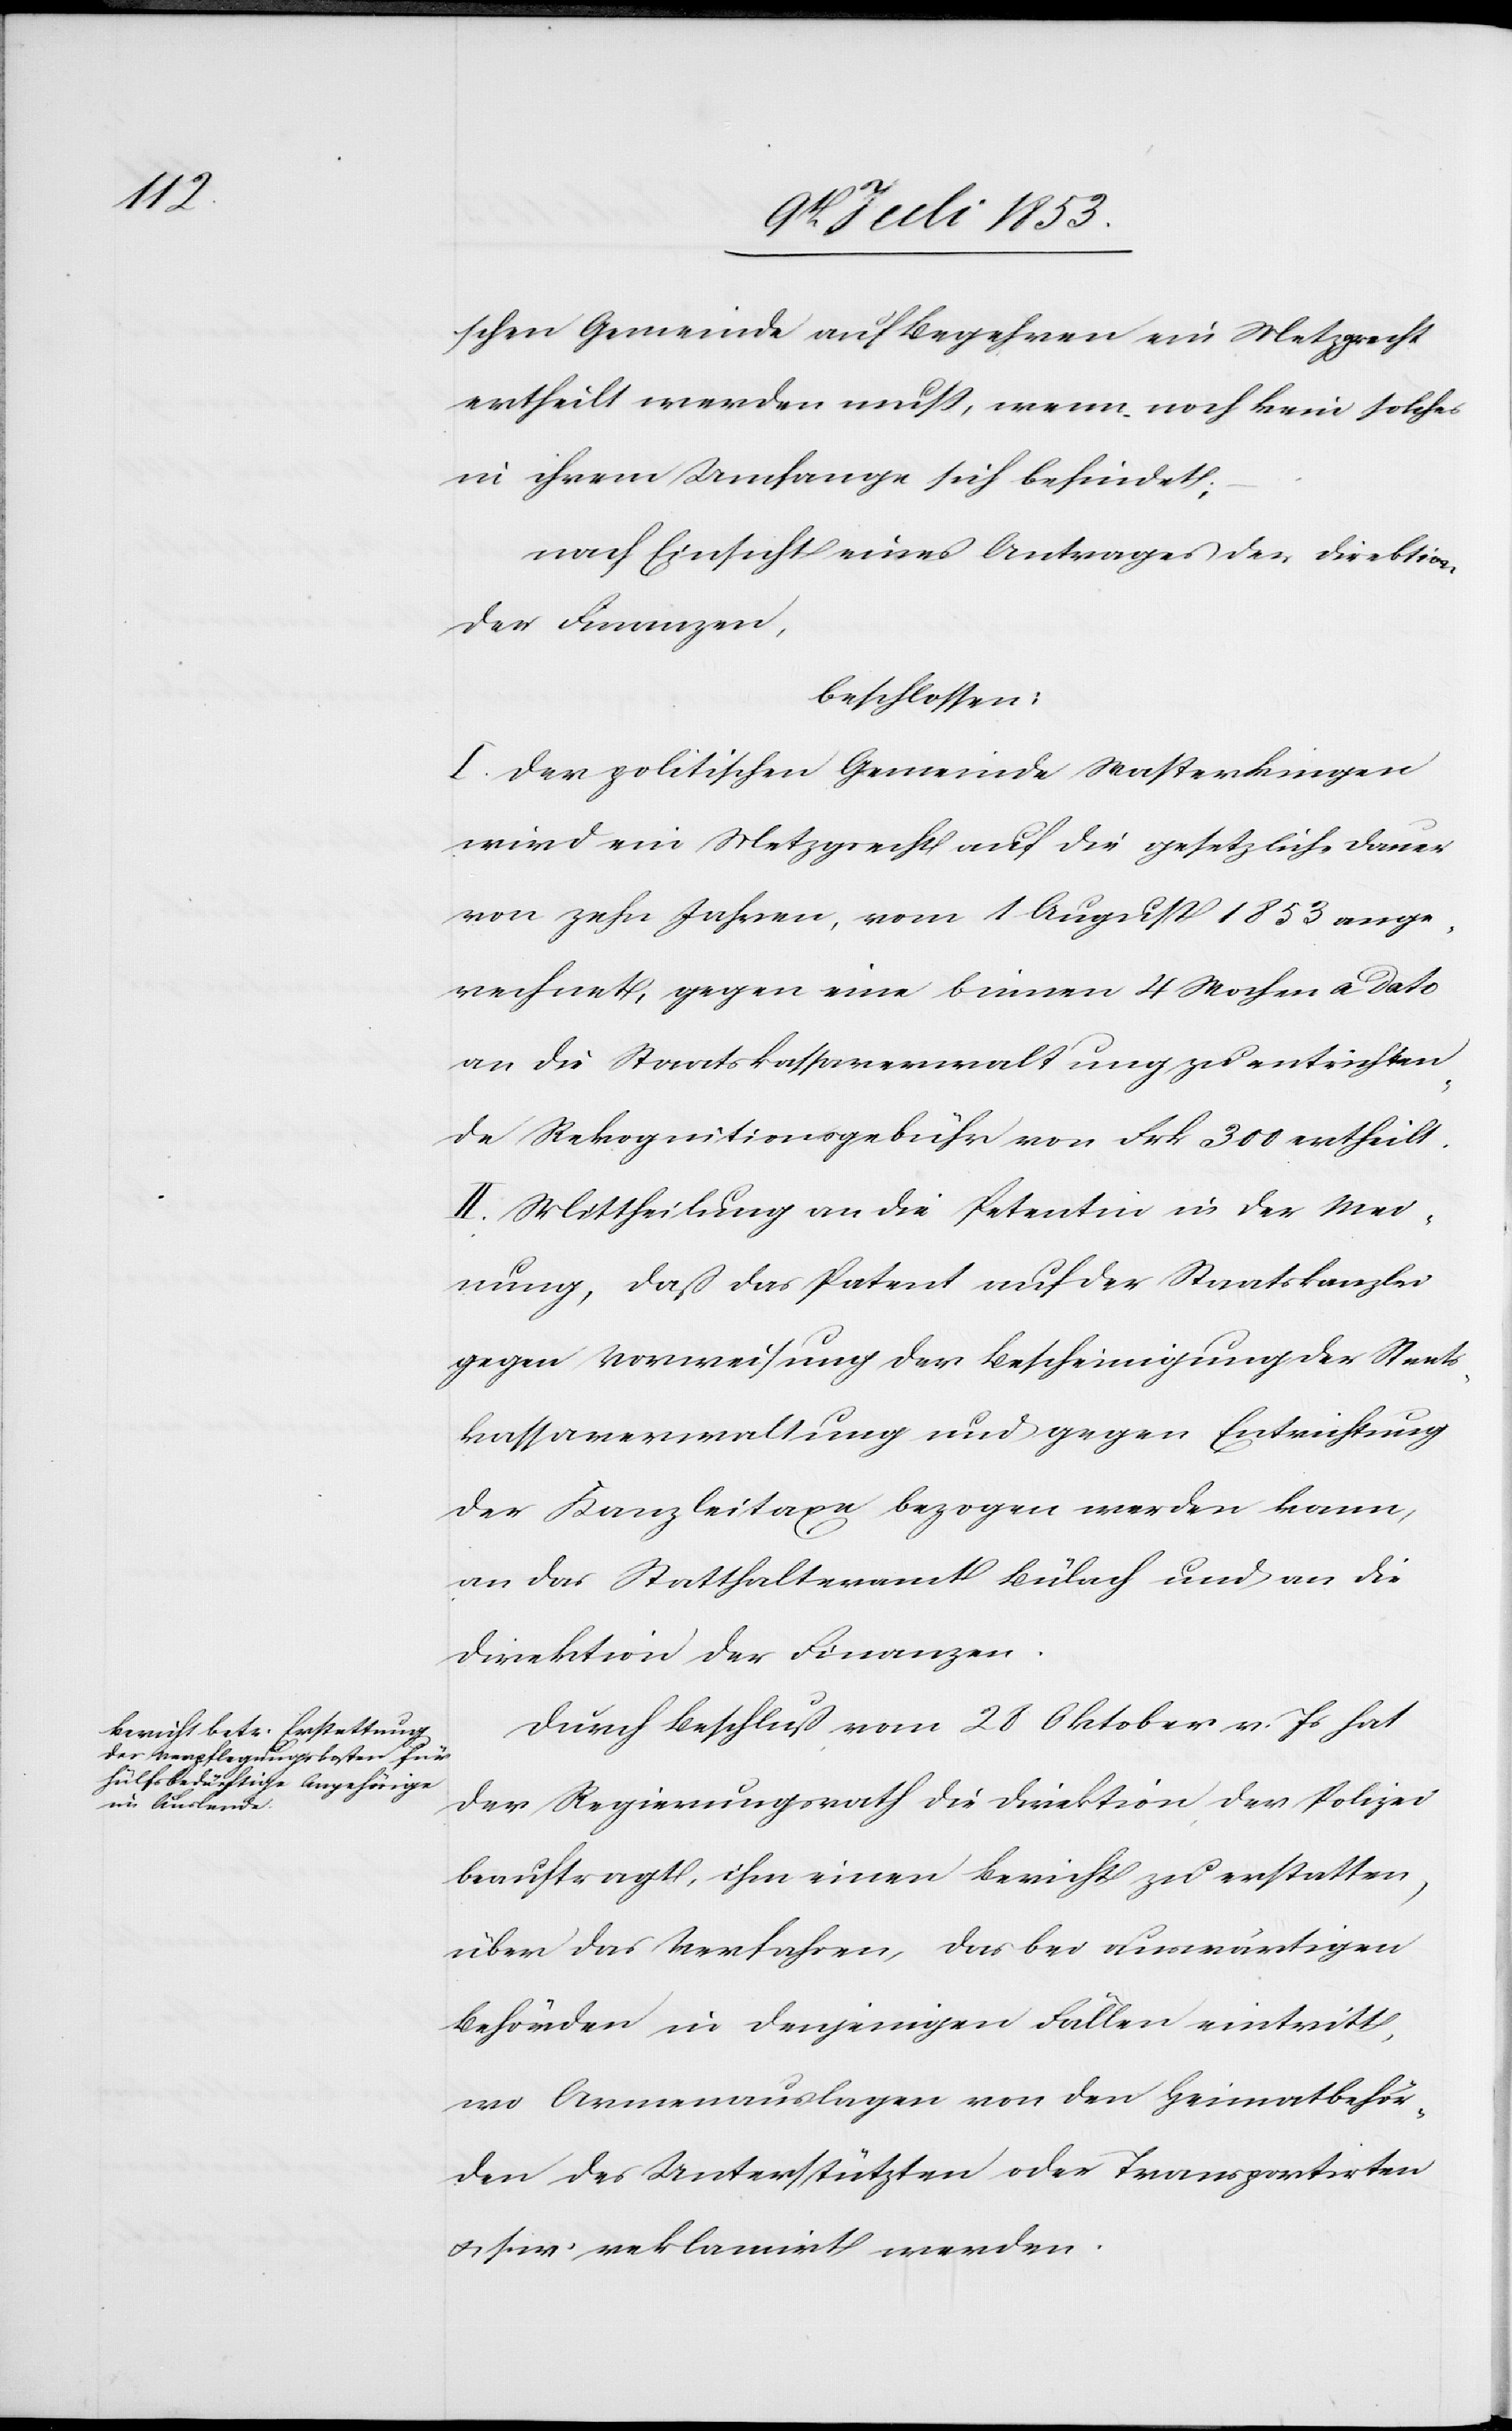
schen Gemeinde auf Begehren ein Metzgrecht
ertheilt werden muß, wenn noch kein solches
in ihrem Umfange sich befindet;
nach Einsicht eines Antrages der Direktion
der Finanzen,
beschlossen:
I. Der politischen Gemeinde Wasterkingen
wird ein Metzgrecht auf die gesetzliche Dauer
von zehn Jahren, vom 1 August 1853 ange¬
rechnet, gegen eine binnen 4 Wochen a dato
an die Staatskassaverwaltung zu entrichten¬
de Rekognitionsgebühr von Frk 300 ertheilt.
II. Mittheilung an die Petentin in der Mei¬
nung, daß das Patent auf der Staatskanzlei
gegen Vorweisung der Bescheinigung der Staats¬
kassaverwaltung und gegen Entrichtung
der Kanzleitaxe bezogen werden kann,
an das Statthalteramt Bülach und an die
Direktion der Finanzen.
Durch Beschluß vom 28 Oktober v. Js. hat
der Regierungsrath die Direktion der Polizei
beauftragt, ihm einen Bericht zu erstatten,
über das Verfahren, das bei auswärtigen
Behörden in denjenigen Fällen eintritt,
wo Armenauslagen von den Heimatbehör¬
den des Unterstützten oder Transportirten
u. s. w. reklamirt werden.